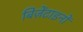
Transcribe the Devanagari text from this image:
बिज़ेंटाइनों